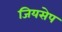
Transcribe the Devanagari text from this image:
जियसेप